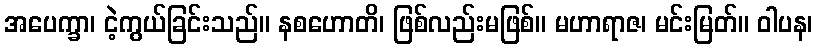
အပေက္ခာ၊ ငဲ့ကွယ်ခြင်းသည်။ နစဟောတိ၊ ဖြစ်လည်းမဖြစ်။ မဟာရာဇ၊ မင်းမြတ်။ ဝါပန၊